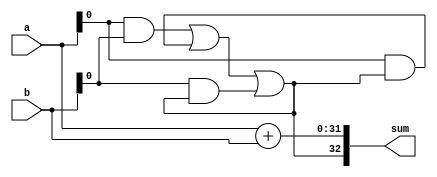
module carry_skip_adder (
    input wire [31:0] a,
    input wire [31:0] b,
    output wire [32:0] sum
);

reg [31:0] sum_temp;
reg carry_out;

always @* begin
    sum_temp = a + b;
    carry_out = (a[0] & b[0]) | (a[0] & carry_out) | (b[0] & carry_out);
end

assign sum = {carry_out, sum_temp};

endmodule